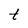
Character: t